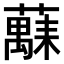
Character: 𫊅